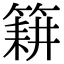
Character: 𮅰